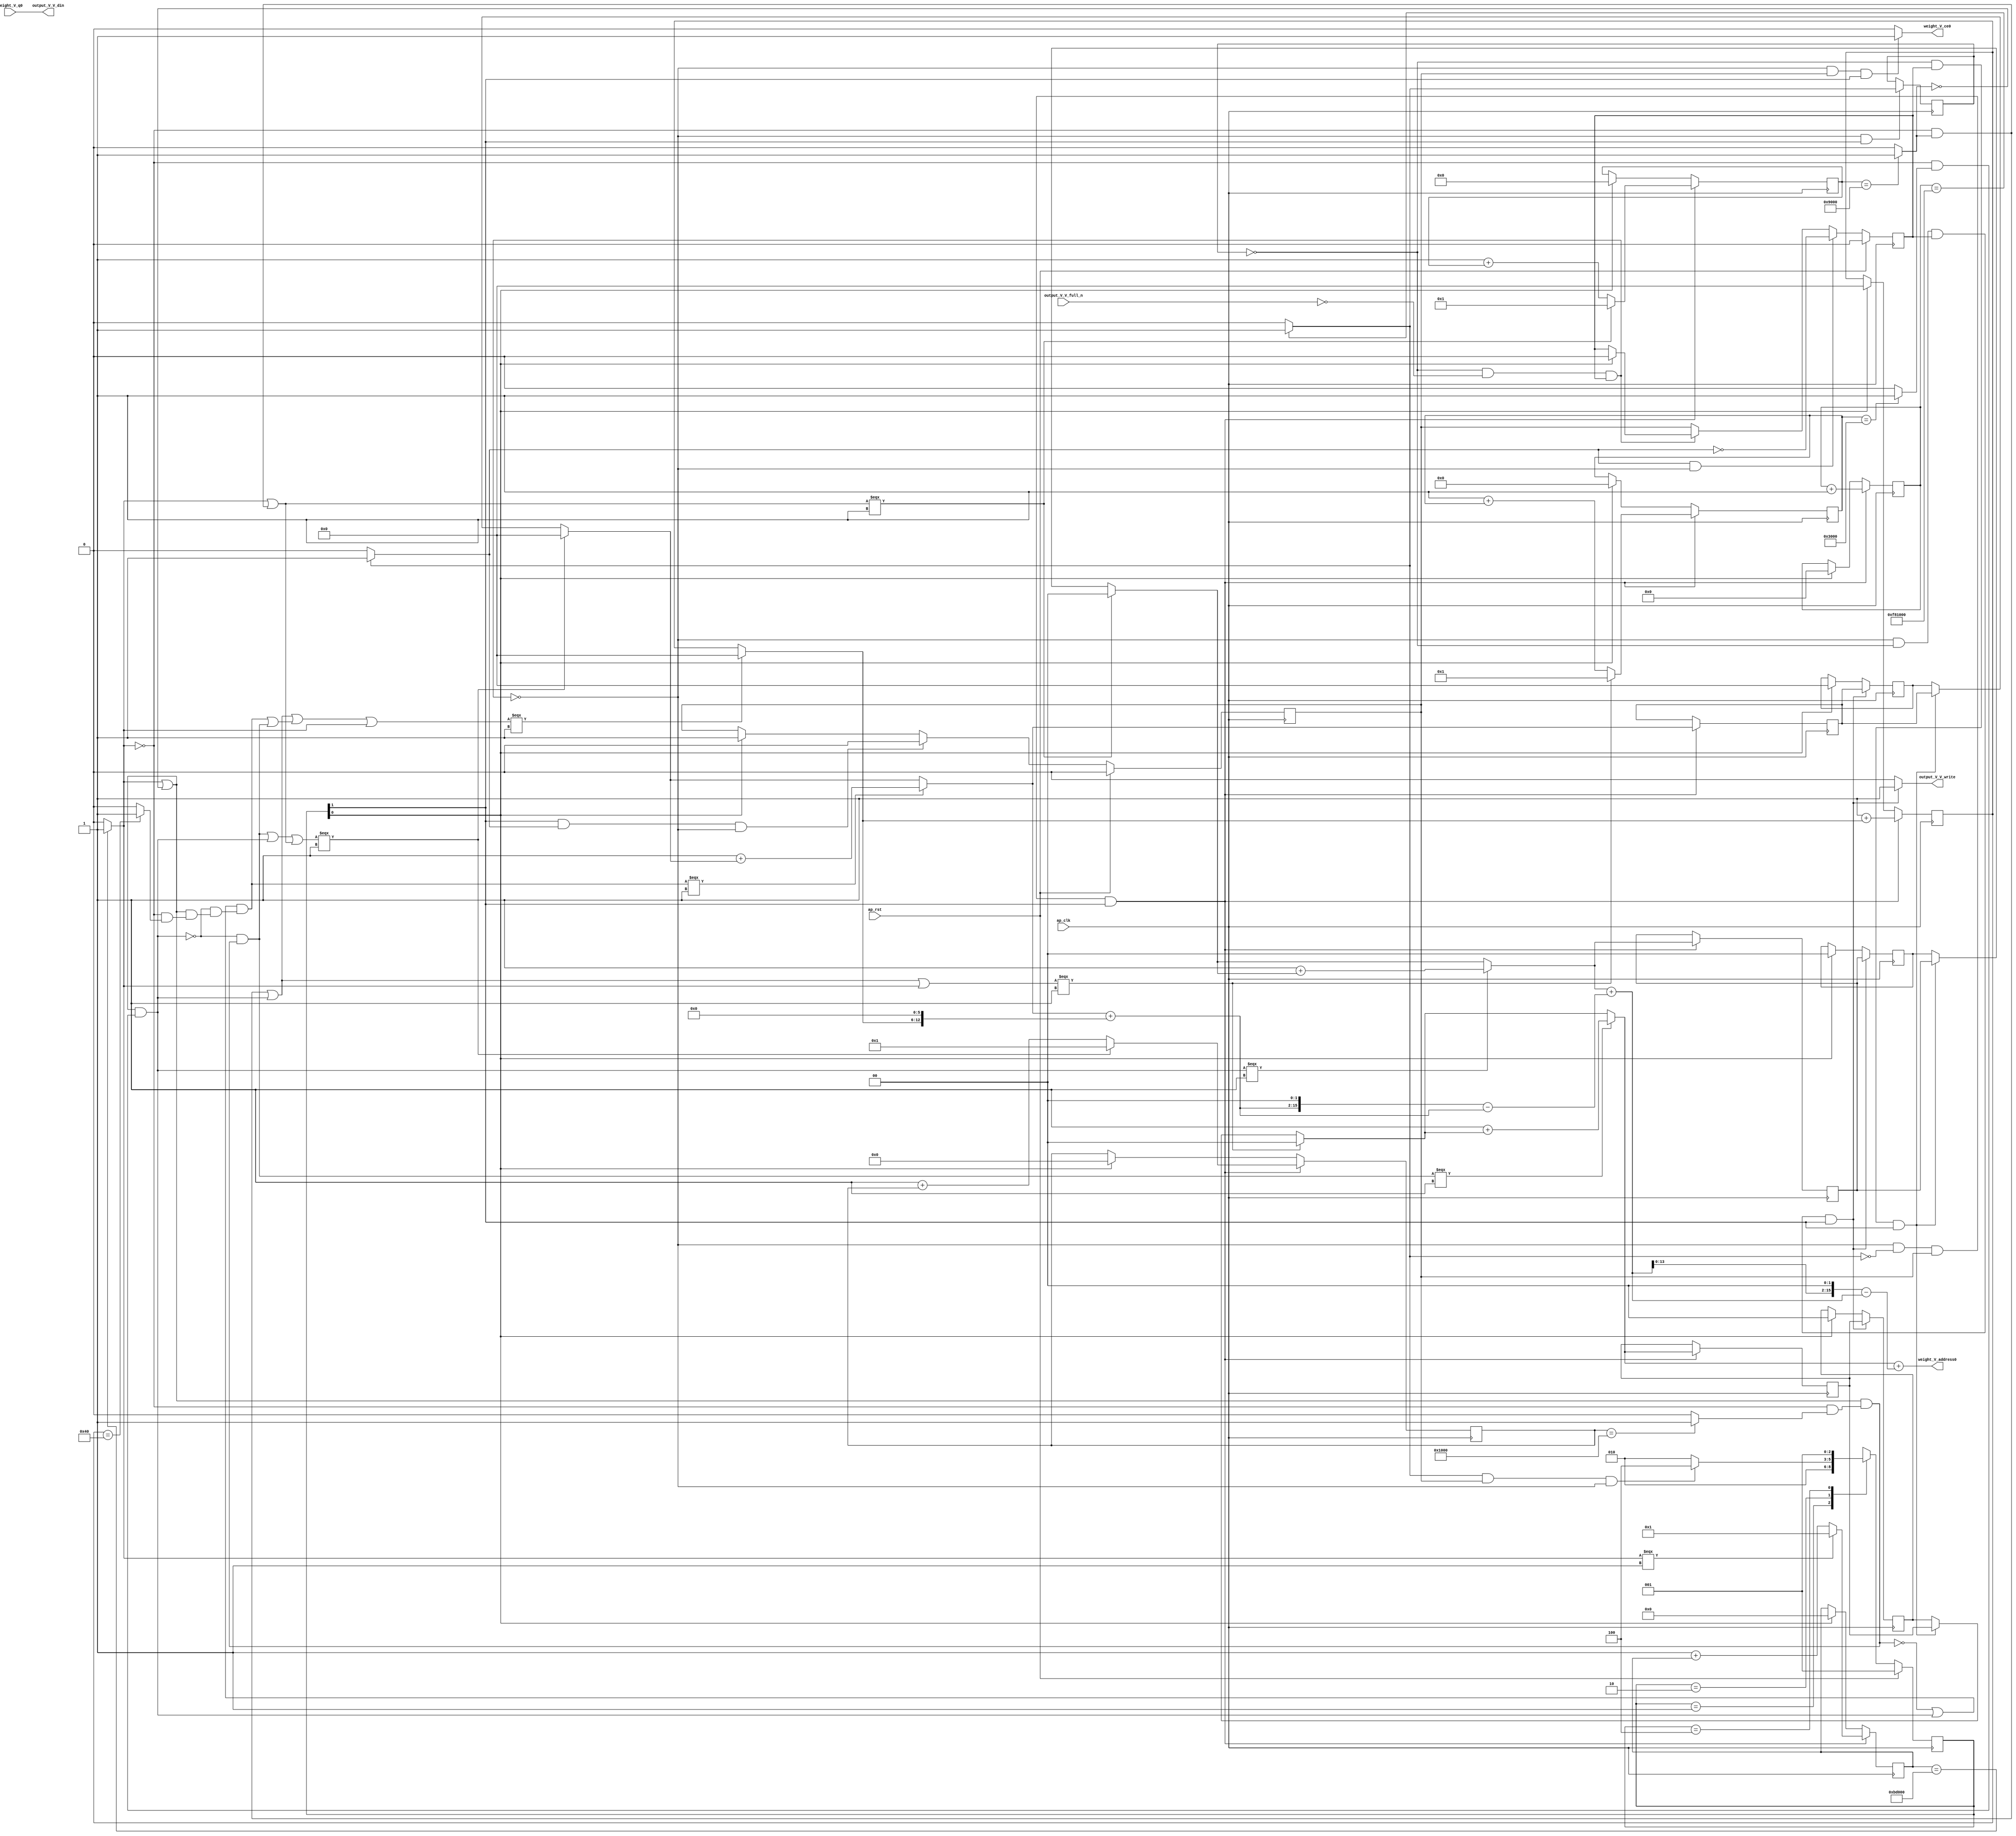
// ==============================================================
// RTL generated by Vivado(TM) HLS - High-Level Synthesis from C, C++ and SystemC
// Version: 2017.4
// Copyright (C) 1986-2017 Xilinx, Inc. All Rights Reserved.
// 
// ===========================================================

`timescale 1 ns / 1 ps 

(* CORE_GENERATION_INFO="weight_s_20,hls_ip_2017_4,{HLS_INPUT_TYPE=cxx,HLS_INPUT_FLOAT=0,HLS_INPUT_FIXED=1,HLS_INPUT_PART=xczu9eg-ffvb1156-2-e,HLS_INPUT_CLOCK=10.000000,HLS_INPUT_ARCH=others,HLS_SYN_CLOCK=8.381500,HLS_SYN_LAT=16257026,HLS_SYN_TPT=none,HLS_SYN_MEM=0,HLS_SYN_DSP=0,HLS_SYN_FF=125,HLS_SYN_LUT=852}" *)

module weight_s_20 (
        ap_clk,
        ap_rst,
        output_V_V_din,
        output_V_V_full_n,
        output_V_V_write,
        weight_V_address0,
        weight_V_ce0,
        weight_V_q0
);

parameter    ap_ST_fsm_state1 = 3'd1;
parameter    ap_ST_fsm_pp0_stage0 = 3'd2;
parameter    ap_ST_fsm_state4 = 3'd4;

input   ap_clk;
input   ap_rst;
output  [7:0] output_V_V_din;
input   output_V_V_full_n;
output   output_V_V_write;
output  [15:0] weight_V_address0;
output   weight_V_ce0;
input  [7:0] weight_V_q0;

reg output_V_V_write;
reg weight_V_ce0;

reg    output_V_V_blk_n;
(* fsm_encoding = "none" *) reg   [2:0] ap_CS_fsm;
wire    ap_CS_fsm_pp0_stage0;
reg    ap_enable_reg_pp0_iter1;
wire    ap_block_pp0_stage0;
reg   [0:0] exitcond_flatten4_reg_638;
reg   [23:0] indvar_flatten1_reg_126;
reg   [20:0] indvar_flatten2_reg_137;
reg   [15:0] indvar_flatten3_reg_148;
reg   [1:0] hkern_reg_159;
reg   [14:0] indvar_flatten4_reg_170;
reg   [1:0] wkern_reg_181;
reg   [13:0] indvar_flatten_reg_192;
reg   [6:0] pkern_reg_203;
reg   [6:0] pout_reg_214;
wire   [0:0] exitcond_flatten4_fu_225_p2;
wire    ap_block_state2_pp0_stage0_iter0;
reg    ap_block_state3_pp0_stage0_iter1;
reg    ap_block_pp0_stage0_11001;
wire   [23:0] indvar_flatten_next4_fu_231_p2;
reg    ap_enable_reg_pp0_iter0;
wire   [1:0] tmp_mid2_fu_367_p3;
reg   [1:0] tmp_mid2_reg_647;
wire   [1:0] tmp_2_mid2_fu_423_p3;
reg   [1:0] tmp_2_mid2_reg_652;
wire   [6:0] tmp_4_mid2_fu_485_p3;
reg   [6:0] tmp_4_mid2_reg_657;
wire   [6:0] pout_1_fu_576_p2;
wire   [13:0] indvar_flatten_next_fu_588_p3;
wire   [14:0] indvar_flatten_next1_fu_602_p3;
wire   [15:0] indvar_flatten_next2_fu_616_p3;
wire   [20:0] indvar_flatten_next3_fu_630_p3;
wire    ap_CS_fsm_state1;
reg    ap_block_pp0_stage0_subdone;
reg    ap_condition_pp0_exit_iter0_state2;
reg   [1:0] ap_phi_mux_hkern_phi_fu_163_p4;
reg   [1:0] ap_phi_mux_wkern_phi_fu_185_p4;
reg   [6:0] ap_phi_mux_pkern_phi_fu_207_p4;
wire   [63:0] tmp_22_cast_fu_571_p1;
reg    ap_block_pp0_stage0_01001;
wire   [0:0] exitcond_flatten_fu_237_p2;
wire   [0:0] exitcond_fu_249_p2;
wire   [0:0] not_exitcond_flatten_fu_243_p2;
wire   [0:0] exitcond_flatten1_fu_261_p2;
wire   [0:0] exitcond_flatten2_fu_273_p2;
wire   [0:0] exitcond_flatten3_fu_285_p2;
wire   [0:0] exitcond_flatten39_m_fu_291_p2;
wire   [0:0] tmp_3_fu_297_p2;
wire   [0:0] exitcond_flatten39_n_fu_311_p2;
wire   [0:0] exitcond_mid_fu_255_p2;
wire   [0:0] not_exitcond_flatten_1_fu_317_p2;
wire   [0:0] exitcond_flatten_mid_fu_267_p2;
wire   [0:0] exitcond_flatten15_m_fu_279_p2;
wire   [1:0] hkern_mid_fu_303_p3;
wire   [0:0] exitcond_flatten15_m_1_fu_335_p2;
wire   [0:0] tmp_8_fu_347_p2;
wire   [0:0] tmp_fu_353_p2;
wire   [1:0] hkern_1_fu_341_p2;
wire   [0:0] exitcond_mid1_fu_323_p2;
wire   [0:0] not_exitcond_flatten_2_fu_379_p2;
wire   [0:0] exitcond_flatten_mid_3_fu_329_p2;
wire   [1:0] wkern_mid1_fu_359_p3;
wire   [0:0] exitcond_flatten_mid_4_fu_391_p2;
wire   [0:0] tmp_s_fu_403_p2;
wire   [0:0] tmp_2_fu_409_p2;
wire   [1:0] wkern_1_fu_397_p2;
wire   [0:0] exitcond_flatten_mid_5_fu_435_p2;
wire   [0:0] exitcond_mid2_fu_385_p2;
wire   [0:0] not_exitcond_flatten_3_fu_441_p2;
wire   [6:0] pkern_mid1_fu_415_p3;
wire   [0:0] exitcond_mid3_fu_447_p2;
wire   [0:0] tmp_4_fu_459_p2;
wire   [0:0] tmp_5_fu_465_p2;
wire   [0:0] tmp_6_fu_471_p2;
wire   [6:0] pkern_1_fu_453_p2;
wire   [6:0] pout_mid2_fu_477_p3;
wire   [12:0] tmp_7_fu_497_p3;
wire   [13:0] tmp_4_mid2_cast_fu_493_p1;
wire   [13:0] tmp_15_cast_fu_505_p1;
wire   [13:0] tmp_9_fu_509_p2;
wire   [15:0] tmp_10_fu_519_p3;
wire   [63:0] p_shl9_fu_527_p1;
wire   [63:0] tmp_16_cast_fu_515_p1;
wire   [63:0] tmp_mid2_cast_fu_375_p1;
wire   [63:0] tmp_11_fu_531_p2;
wire   [63:0] tmp_12_fu_537_p2;
wire   [14:0] tmp_14_fu_547_p1;
wire   [16:0] p_shl_cast_fu_551_p3;
wire   [16:0] tmp_13_fu_543_p1;
wire   [16:0] tmp_2_mid2_cast_fu_431_p1;
wire   [16:0] tmp_15_fu_559_p2;
wire   [16:0] tmp_16_fu_565_p2;
wire   [13:0] indvar_flatten_op_fu_582_p2;
wire   [14:0] indvar_flatten13_op_fu_596_p2;
wire   [15:0] indvar_flatten37_op_fu_610_p2;
wire   [20:0] indvar_flatten71_op_fu_624_p2;
reg   [2:0] ap_NS_fsm;
reg    ap_idle_pp0;
wire    ap_enable_pp0;

// power-on initialization
initial begin
#0 ap_CS_fsm = 3'd1;
#0 ap_enable_reg_pp0_iter1 = 1'b0;
#0 ap_enable_reg_pp0_iter0 = 1'b0;
end

always @ (posedge ap_clk) begin
    if (ap_rst == 1'b1) begin
        ap_CS_fsm <= ap_ST_fsm_state1;
    end else begin
        ap_CS_fsm <= ap_NS_fsm;
    end
end

always @ (posedge ap_clk) begin
    if (ap_rst == 1'b1) begin
        ap_enable_reg_pp0_iter0 <= 1'b0;
    end else begin
        if (((1'b1 == ap_CS_fsm_pp0_stage0) & (1'b1 == ap_condition_pp0_exit_iter0_state2) & (1'b0 == ap_block_pp0_stage0_subdone))) begin
            ap_enable_reg_pp0_iter0 <= 1'b0;
        end else if ((1'b1 == ap_CS_fsm_state1)) begin
            ap_enable_reg_pp0_iter0 <= 1'b1;
        end
    end
end

always @ (posedge ap_clk) begin
    if (ap_rst == 1'b1) begin
        ap_enable_reg_pp0_iter1 <= 1'b0;
    end else begin
        if (((1'b1 == ap_condition_pp0_exit_iter0_state2) & (1'b0 == ap_block_pp0_stage0_subdone))) begin
            ap_enable_reg_pp0_iter1 <= (1'b1 ^ ap_condition_pp0_exit_iter0_state2);
        end else if ((1'b0 == ap_block_pp0_stage0_subdone)) begin
            ap_enable_reg_pp0_iter1 <= ap_enable_reg_pp0_iter0;
        end else if ((1'b1 == ap_CS_fsm_state1)) begin
            ap_enable_reg_pp0_iter1 <= 1'b0;
        end
    end
end

always @ (posedge ap_clk) begin
    if (((1'b0 == ap_block_pp0_stage0_11001) & (exitcond_flatten4_reg_638 == 1'd0) & (ap_enable_reg_pp0_iter1 == 1'b1) & (1'b1 == ap_CS_fsm_pp0_stage0))) begin
        hkern_reg_159 <= tmp_mid2_reg_647;
    end else if ((1'b1 == ap_CS_fsm_state1)) begin
        hkern_reg_159 <= 2'd0;
    end
end

always @ (posedge ap_clk) begin
    if (((1'b0 == ap_block_pp0_stage0_11001) & (exitcond_flatten4_fu_225_p2 == 1'd0) & (ap_enable_reg_pp0_iter0 == 1'b1) & (1'b1 == ap_CS_fsm_pp0_stage0))) begin
        indvar_flatten1_reg_126 <= indvar_flatten_next4_fu_231_p2;
    end else if ((1'b1 == ap_CS_fsm_state1)) begin
        indvar_flatten1_reg_126 <= 24'd0;
    end
end

always @ (posedge ap_clk) begin
    if (((1'b0 == ap_block_pp0_stage0_11001) & (exitcond_flatten4_fu_225_p2 == 1'd0) & (ap_enable_reg_pp0_iter0 == 1'b1) & (1'b1 == ap_CS_fsm_pp0_stage0))) begin
        indvar_flatten2_reg_137 <= indvar_flatten_next3_fu_630_p3;
    end else if ((1'b1 == ap_CS_fsm_state1)) begin
        indvar_flatten2_reg_137 <= 21'd0;
    end
end

always @ (posedge ap_clk) begin
    if (((1'b0 == ap_block_pp0_stage0_11001) & (exitcond_flatten4_fu_225_p2 == 1'd0) & (ap_enable_reg_pp0_iter0 == 1'b1) & (1'b1 == ap_CS_fsm_pp0_stage0))) begin
        indvar_flatten3_reg_148 <= indvar_flatten_next2_fu_616_p3;
    end else if ((1'b1 == ap_CS_fsm_state1)) begin
        indvar_flatten3_reg_148 <= 16'd0;
    end
end

always @ (posedge ap_clk) begin
    if (((1'b0 == ap_block_pp0_stage0_11001) & (exitcond_flatten4_fu_225_p2 == 1'd0) & (ap_enable_reg_pp0_iter0 == 1'b1) & (1'b1 == ap_CS_fsm_pp0_stage0))) begin
        indvar_flatten4_reg_170 <= indvar_flatten_next1_fu_602_p3;
    end else if ((1'b1 == ap_CS_fsm_state1)) begin
        indvar_flatten4_reg_170 <= 15'd0;
    end
end

always @ (posedge ap_clk) begin
    if (((1'b0 == ap_block_pp0_stage0_11001) & (exitcond_flatten4_fu_225_p2 == 1'd0) & (ap_enable_reg_pp0_iter0 == 1'b1) & (1'b1 == ap_CS_fsm_pp0_stage0))) begin
        indvar_flatten_reg_192 <= indvar_flatten_next_fu_588_p3;
    end else if ((1'b1 == ap_CS_fsm_state1)) begin
        indvar_flatten_reg_192 <= 14'd0;
    end
end

always @ (posedge ap_clk) begin
    if (((1'b0 == ap_block_pp0_stage0_11001) & (exitcond_flatten4_reg_638 == 1'd0) & (ap_enable_reg_pp0_iter1 == 1'b1) & (1'b1 == ap_CS_fsm_pp0_stage0))) begin
        pkern_reg_203 <= tmp_4_mid2_reg_657;
    end else if ((1'b1 == ap_CS_fsm_state1)) begin
        pkern_reg_203 <= 7'd0;
    end
end

always @ (posedge ap_clk) begin
    if (((1'b0 == ap_block_pp0_stage0_11001) & (exitcond_flatten4_fu_225_p2 == 1'd0) & (ap_enable_reg_pp0_iter0 == 1'b1) & (1'b1 == ap_CS_fsm_pp0_stage0))) begin
        pout_reg_214 <= pout_1_fu_576_p2;
    end else if ((1'b1 == ap_CS_fsm_state1)) begin
        pout_reg_214 <= 7'd0;
    end
end

always @ (posedge ap_clk) begin
    if (((1'b0 == ap_block_pp0_stage0_11001) & (exitcond_flatten4_reg_638 == 1'd0) & (ap_enable_reg_pp0_iter1 == 1'b1) & (1'b1 == ap_CS_fsm_pp0_stage0))) begin
        wkern_reg_181 <= tmp_2_mid2_reg_652;
    end else if ((1'b1 == ap_CS_fsm_state1)) begin
        wkern_reg_181 <= 2'd0;
    end
end

always @ (posedge ap_clk) begin
    if (((1'b0 == ap_block_pp0_stage0_11001) & (1'b1 == ap_CS_fsm_pp0_stage0))) begin
        exitcond_flatten4_reg_638 <= exitcond_flatten4_fu_225_p2;
    end
end

always @ (posedge ap_clk) begin
    if (((1'b0 == ap_block_pp0_stage0_11001) & (exitcond_flatten4_fu_225_p2 == 1'd0) & (ap_enable_reg_pp0_iter0 == 1'b1) & (1'b1 == ap_CS_fsm_pp0_stage0))) begin
        tmp_2_mid2_reg_652 <= tmp_2_mid2_fu_423_p3;
        tmp_4_mid2_reg_657 <= tmp_4_mid2_fu_485_p3;
        tmp_mid2_reg_647 <= tmp_mid2_fu_367_p3;
    end
end

always @ (*) begin
    if ((exitcond_flatten4_fu_225_p2 == 1'd1)) begin
        ap_condition_pp0_exit_iter0_state2 = 1'b1;
    end else begin
        ap_condition_pp0_exit_iter0_state2 = 1'b0;
    end
end

always @ (*) begin
    if (((ap_enable_reg_pp0_iter0 == 1'b0) & (ap_enable_reg_pp0_iter1 == 1'b0))) begin
        ap_idle_pp0 = 1'b1;
    end else begin
        ap_idle_pp0 = 1'b0;
    end
end

always @ (*) begin
    if (((exitcond_flatten4_reg_638 == 1'd0) & (1'b0 == ap_block_pp0_stage0) & (ap_enable_reg_pp0_iter1 == 1'b1) & (1'b1 == ap_CS_fsm_pp0_stage0))) begin
        ap_phi_mux_hkern_phi_fu_163_p4 = tmp_mid2_reg_647;
    end else begin
        ap_phi_mux_hkern_phi_fu_163_p4 = hkern_reg_159;
    end
end

always @ (*) begin
    if (((exitcond_flatten4_reg_638 == 1'd0) & (1'b0 == ap_block_pp0_stage0) & (ap_enable_reg_pp0_iter1 == 1'b1) & (1'b1 == ap_CS_fsm_pp0_stage0))) begin
        ap_phi_mux_pkern_phi_fu_207_p4 = tmp_4_mid2_reg_657;
    end else begin
        ap_phi_mux_pkern_phi_fu_207_p4 = pkern_reg_203;
    end
end

always @ (*) begin
    if (((exitcond_flatten4_reg_638 == 1'd0) & (1'b0 == ap_block_pp0_stage0) & (ap_enable_reg_pp0_iter1 == 1'b1) & (1'b1 == ap_CS_fsm_pp0_stage0))) begin
        ap_phi_mux_wkern_phi_fu_185_p4 = tmp_2_mid2_reg_652;
    end else begin
        ap_phi_mux_wkern_phi_fu_185_p4 = wkern_reg_181;
    end
end

always @ (*) begin
    if (((exitcond_flatten4_reg_638 == 1'd0) & (1'b0 == ap_block_pp0_stage0) & (ap_enable_reg_pp0_iter1 == 1'b1) & (1'b1 == ap_CS_fsm_pp0_stage0))) begin
        output_V_V_blk_n = output_V_V_full_n;
    end else begin
        output_V_V_blk_n = 1'b1;
    end
end

always @ (*) begin
    if (((1'b0 == ap_block_pp0_stage0_11001) & (exitcond_flatten4_reg_638 == 1'd0) & (ap_enable_reg_pp0_iter1 == 1'b1) & (1'b1 == ap_CS_fsm_pp0_stage0))) begin
        output_V_V_write = 1'b1;
    end else begin
        output_V_V_write = 1'b0;
    end
end

always @ (*) begin
    if (((1'b0 == ap_block_pp0_stage0_11001) & (ap_enable_reg_pp0_iter0 == 1'b1) & (1'b1 == ap_CS_fsm_pp0_stage0))) begin
        weight_V_ce0 = 1'b1;
    end else begin
        weight_V_ce0 = 1'b0;
    end
end

always @ (*) begin
    case (ap_CS_fsm)
        ap_ST_fsm_state1 : begin
            ap_NS_fsm = ap_ST_fsm_pp0_stage0;
        end
        ap_ST_fsm_pp0_stage0 : begin
            if (~((exitcond_flatten4_fu_225_p2 == 1'd1) & (ap_enable_reg_pp0_iter0 == 1'b1) & (1'b0 == ap_block_pp0_stage0_subdone))) begin
                ap_NS_fsm = ap_ST_fsm_pp0_stage0;
            end else if (((exitcond_flatten4_fu_225_p2 == 1'd1) & (ap_enable_reg_pp0_iter0 == 1'b1) & (1'b0 == ap_block_pp0_stage0_subdone))) begin
                ap_NS_fsm = ap_ST_fsm_state4;
            end else begin
                ap_NS_fsm = ap_ST_fsm_pp0_stage0;
            end
        end
        ap_ST_fsm_state4 : begin
            ap_NS_fsm = ap_ST_fsm_state1;
        end
        default : begin
            ap_NS_fsm = 'bx;
        end
    endcase
end

assign ap_CS_fsm_pp0_stage0 = ap_CS_fsm[32'd1];

assign ap_CS_fsm_state1 = ap_CS_fsm[32'd0];

assign ap_block_pp0_stage0 = ~(1'b1 == 1'b1);

always @ (*) begin
    ap_block_pp0_stage0_01001 = ((exitcond_flatten4_reg_638 == 1'd0) & (output_V_V_full_n == 1'b0) & (ap_enable_reg_pp0_iter1 == 1'b1));
end

always @ (*) begin
    ap_block_pp0_stage0_11001 = ((exitcond_flatten4_reg_638 == 1'd0) & (output_V_V_full_n == 1'b0) & (ap_enable_reg_pp0_iter1 == 1'b1));
end

always @ (*) begin
    ap_block_pp0_stage0_subdone = ((exitcond_flatten4_reg_638 == 1'd0) & (output_V_V_full_n == 1'b0) & (ap_enable_reg_pp0_iter1 == 1'b1));
end

assign ap_block_state2_pp0_stage0_iter0 = ~(1'b1 == 1'b1);

always @ (*) begin
    ap_block_state3_pp0_stage0_iter1 = ((exitcond_flatten4_reg_638 == 1'd0) & (output_V_V_full_n == 1'b0));
end

assign ap_enable_pp0 = (ap_idle_pp0 ^ 1'b1);

assign exitcond_flatten15_m_1_fu_335_p2 = (not_exitcond_flatten_1_fu_317_p2 & exitcond_flatten15_m_fu_279_p2);

assign exitcond_flatten15_m_fu_279_p2 = (not_exitcond_flatten_fu_243_p2 & exitcond_flatten2_fu_273_p2);

assign exitcond_flatten1_fu_261_p2 = ((indvar_flatten_reg_192 == 14'd4096) ? 1'b1 : 1'b0);

assign exitcond_flatten2_fu_273_p2 = ((indvar_flatten4_reg_170 == 15'd12288) ? 1'b1 : 1'b0);

assign exitcond_flatten39_m_fu_291_p2 = (not_exitcond_flatten_fu_243_p2 & exitcond_flatten3_fu_285_p2);

assign exitcond_flatten39_n_fu_311_p2 = (exitcond_flatten3_fu_285_p2 ^ 1'd1);

assign exitcond_flatten3_fu_285_p2 = ((indvar_flatten3_reg_148 == 16'd36864) ? 1'b1 : 1'b0);

assign exitcond_flatten4_fu_225_p2 = ((indvar_flatten1_reg_126 == 24'd16257024) ? 1'b1 : 1'b0);

assign exitcond_flatten_fu_237_p2 = ((indvar_flatten2_reg_137 == 21'd774144) ? 1'b1 : 1'b0);

assign exitcond_flatten_mid_3_fu_329_p2 = (not_exitcond_flatten_1_fu_317_p2 & exitcond_flatten_mid_fu_267_p2);

assign exitcond_flatten_mid_4_fu_391_p2 = (not_exitcond_flatten_2_fu_379_p2 & exitcond_flatten_mid_3_fu_329_p2);

assign exitcond_flatten_mid_5_fu_435_p2 = (exitcond_flatten_mid_3_fu_329_p2 ^ 1'd1);

assign exitcond_flatten_mid_fu_267_p2 = (not_exitcond_flatten_fu_243_p2 & exitcond_flatten1_fu_261_p2);

assign exitcond_fu_249_p2 = ((pout_reg_214 == 7'd64) ? 1'b1 : 1'b0);

assign exitcond_mid1_fu_323_p2 = (not_exitcond_flatten_1_fu_317_p2 & exitcond_mid_fu_255_p2);

assign exitcond_mid2_fu_385_p2 = (not_exitcond_flatten_2_fu_379_p2 & exitcond_mid1_fu_323_p2);

assign exitcond_mid3_fu_447_p2 = (not_exitcond_flatten_3_fu_441_p2 & exitcond_mid2_fu_385_p2);

assign exitcond_mid_fu_255_p2 = (not_exitcond_flatten_fu_243_p2 & exitcond_fu_249_p2);

assign hkern_1_fu_341_p2 = (2'd1 + hkern_mid_fu_303_p3);

assign hkern_mid_fu_303_p3 = ((tmp_3_fu_297_p2[0:0] === 1'b1) ? 2'd0 : ap_phi_mux_hkern_phi_fu_163_p4);

assign indvar_flatten13_op_fu_596_p2 = (15'd1 + indvar_flatten4_reg_170);

assign indvar_flatten37_op_fu_610_p2 = (16'd1 + indvar_flatten3_reg_148);

assign indvar_flatten71_op_fu_624_p2 = (21'd1 + indvar_flatten2_reg_137);

assign indvar_flatten_next1_fu_602_p3 = ((tmp_fu_353_p2[0:0] === 1'b1) ? 15'd1 : indvar_flatten13_op_fu_596_p2);

assign indvar_flatten_next2_fu_616_p3 = ((tmp_3_fu_297_p2[0:0] === 1'b1) ? 16'd1 : indvar_flatten37_op_fu_610_p2);

assign indvar_flatten_next3_fu_630_p3 = ((exitcond_flatten_fu_237_p2[0:0] === 1'b1) ? 21'd1 : indvar_flatten71_op_fu_624_p2);

assign indvar_flatten_next4_fu_231_p2 = (indvar_flatten1_reg_126 + 24'd1);

assign indvar_flatten_next_fu_588_p3 = ((tmp_2_fu_409_p2[0:0] === 1'b1) ? 14'd1 : indvar_flatten_op_fu_582_p2);

assign indvar_flatten_op_fu_582_p2 = (14'd1 + indvar_flatten_reg_192);

assign not_exitcond_flatten_1_fu_317_p2 = (exitcond_flatten_fu_237_p2 | exitcond_flatten39_n_fu_311_p2);

assign not_exitcond_flatten_2_fu_379_p2 = (exitcond_flatten15_m_1_fu_335_p2 ^ 1'd1);

assign not_exitcond_flatten_3_fu_441_p2 = (exitcond_flatten_mid_5_fu_435_p2 | exitcond_flatten15_m_1_fu_335_p2);

assign not_exitcond_flatten_fu_243_p2 = (exitcond_flatten_fu_237_p2 ^ 1'd1);

assign output_V_V_din = weight_V_q0;

assign p_shl9_fu_527_p1 = tmp_10_fu_519_p3;

assign p_shl_cast_fu_551_p3 = {{tmp_14_fu_547_p1}, {2'd0}};

assign pkern_1_fu_453_p2 = (7'd1 + pkern_mid1_fu_415_p3);

assign pkern_mid1_fu_415_p3 = ((tmp_2_fu_409_p2[0:0] === 1'b1) ? 7'd0 : ap_phi_mux_pkern_phi_fu_207_p4);

assign pout_1_fu_576_p2 = (7'd1 + pout_mid2_fu_477_p3);

assign pout_mid2_fu_477_p3 = ((tmp_6_fu_471_p2[0:0] === 1'b1) ? 7'd0 : pout_reg_214);

assign tmp_10_fu_519_p3 = {{tmp_9_fu_509_p2}, {2'd0}};

assign tmp_11_fu_531_p2 = (p_shl9_fu_527_p1 - tmp_16_cast_fu_515_p1);

assign tmp_12_fu_537_p2 = (tmp_mid2_cast_fu_375_p1 + tmp_11_fu_531_p2);

assign tmp_13_fu_543_p1 = tmp_12_fu_537_p2[16:0];

assign tmp_14_fu_547_p1 = tmp_12_fu_537_p2[14:0];

assign tmp_15_cast_fu_505_p1 = tmp_7_fu_497_p3;

assign tmp_15_fu_559_p2 = (p_shl_cast_fu_551_p3 - tmp_13_fu_543_p1);

assign tmp_16_cast_fu_515_p1 = tmp_9_fu_509_p2;

assign tmp_16_fu_565_p2 = (tmp_2_mid2_cast_fu_431_p1 + tmp_15_fu_559_p2);

assign tmp_22_cast_fu_571_p1 = tmp_16_fu_565_p2;

assign tmp_2_fu_409_p2 = (tmp_s_fu_403_p2 | tmp_3_fu_297_p2);

assign tmp_2_mid2_cast_fu_431_p1 = tmp_2_mid2_fu_423_p3;

assign tmp_2_mid2_fu_423_p3 = ((exitcond_flatten_mid_4_fu_391_p2[0:0] === 1'b1) ? wkern_1_fu_397_p2 : wkern_mid1_fu_359_p3);

assign tmp_3_fu_297_p2 = (exitcond_flatten_fu_237_p2 | exitcond_flatten39_m_fu_291_p2);

assign tmp_4_fu_459_p2 = (exitcond_mid3_fu_447_p2 | exitcond_flatten_mid_4_fu_391_p2);

assign tmp_4_mid2_cast_fu_493_p1 = tmp_4_mid2_fu_485_p3;

assign tmp_4_mid2_fu_485_p3 = ((exitcond_mid3_fu_447_p2[0:0] === 1'b1) ? pkern_1_fu_453_p2 : pkern_mid1_fu_415_p3);

assign tmp_5_fu_465_p2 = (tmp_8_fu_347_p2 | tmp_4_fu_459_p2);

assign tmp_6_fu_471_p2 = (tmp_5_fu_465_p2 | exitcond_flatten_fu_237_p2);

assign tmp_7_fu_497_p3 = {{pout_mid2_fu_477_p3}, {6'd0}};

assign tmp_8_fu_347_p2 = (exitcond_flatten39_m_fu_291_p2 | exitcond_flatten15_m_1_fu_335_p2);

assign tmp_9_fu_509_p2 = (tmp_4_mid2_cast_fu_493_p1 + tmp_15_cast_fu_505_p1);

assign tmp_fu_353_p2 = (tmp_8_fu_347_p2 | exitcond_flatten_fu_237_p2);

assign tmp_mid2_cast_fu_375_p1 = tmp_mid2_fu_367_p3;

assign tmp_mid2_fu_367_p3 = ((exitcond_flatten15_m_1_fu_335_p2[0:0] === 1'b1) ? hkern_1_fu_341_p2 : hkern_mid_fu_303_p3);

assign tmp_s_fu_403_p2 = (exitcond_flatten_mid_4_fu_391_p2 | exitcond_flatten15_m_1_fu_335_p2);

assign weight_V_address0 = tmp_22_cast_fu_571_p1;

assign wkern_1_fu_397_p2 = (2'd1 + wkern_mid1_fu_359_p3);

assign wkern_mid1_fu_359_p3 = ((tmp_fu_353_p2[0:0] === 1'b1) ? 2'd0 : ap_phi_mux_wkern_phi_fu_185_p4);

endmodule //weight_s_20